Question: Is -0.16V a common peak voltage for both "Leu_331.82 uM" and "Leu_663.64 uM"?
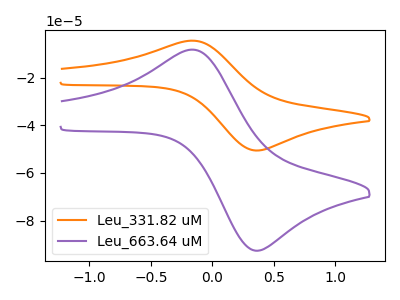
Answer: <think>The orange curve "Leu_331.82 uM" has an anodic peak at (-0.15V, -4.55uA) and a cathodic peak at (0.35V, -50.60uA). The purple curve "Leu_663.64 uM" has an anodic peak at (-0.15V, -8.30uA) and a cathodic peak at (0.35V, -92.60uA).</think>
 <answer>Yes, "Leu_331.82 uM" and "Leu_663.64 uM" share a peak at -0.16V.</answer>
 <eval>match</eval>